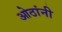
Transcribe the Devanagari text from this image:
ओठांनी